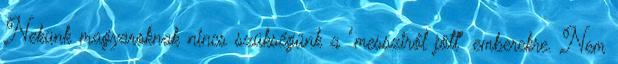
Nekünk magyaroknak nincs szükségünk a "messziről jött" emberekre. Nem